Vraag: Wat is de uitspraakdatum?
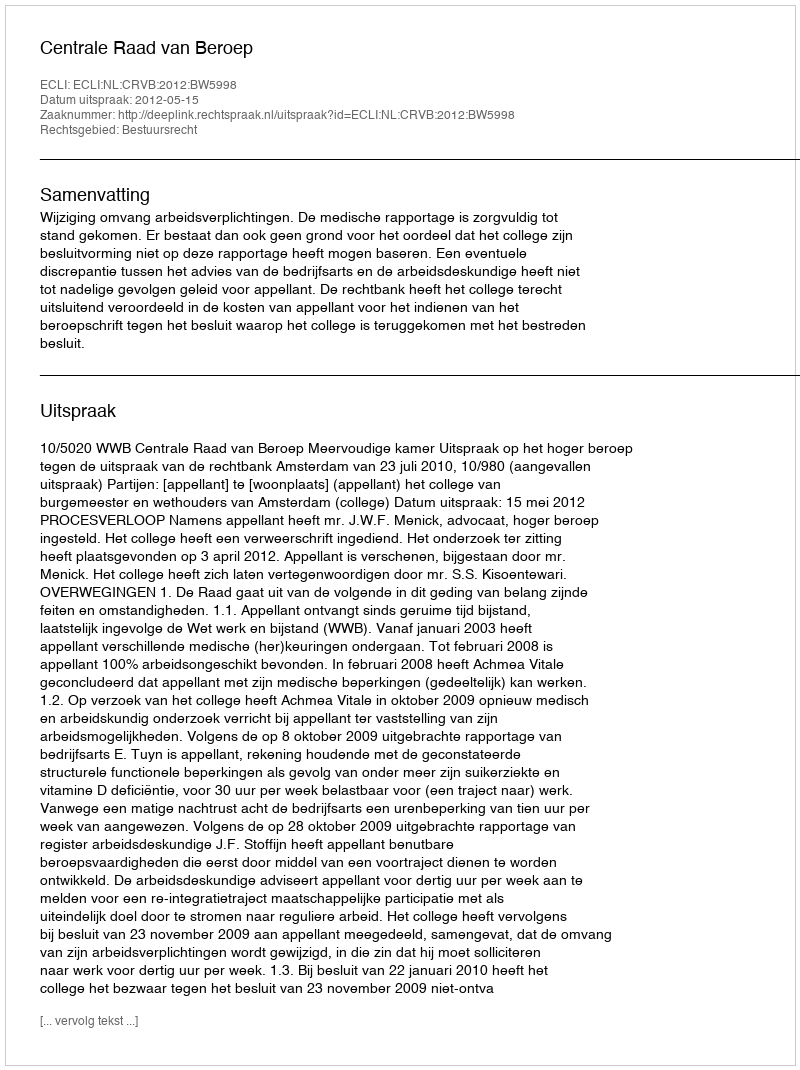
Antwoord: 2012-05-15